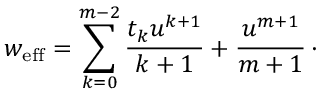
w _ { \mathrm { e f f } } = \sum _ { k = 0 } ^ { m - 2 } { \frac { t _ { k } u ^ { k + 1 } } { k + 1 } } + { \frac { u ^ { m + 1 } } { m + 1 } } \, \cdotp